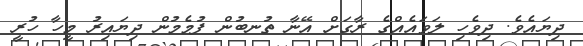
ދިޔައެވެ. ދިވެހި ލަވައެއްގެ ރާގަށް އޭނާ ތުނބުން ފުމެމުން ދިޔައިރު މީހާ ހުރީ